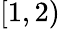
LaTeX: [1,2)